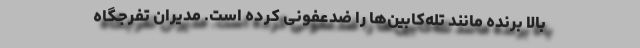
بالا برنده مانند تله‌کابین‌ها را ضدعفونی کرده است. مدیران تفرجگاه